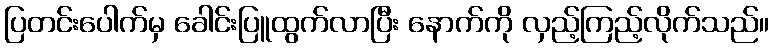
ပြတင်းပေါက်မှ ခေါင်းပြူထွက်လာပြီး နောက်ကို လှည့်ကြည့်လိုက်သည်။